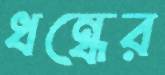
ধন্ধের